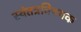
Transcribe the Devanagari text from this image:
स्वंतत्रविषयक